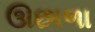
ઊછાળા